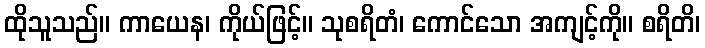
ထိုသူသည်။ ကာယေန၊ ကိုယ်ဖြင့်။ သုစရိတံ၊ ကောင်သော အကျင့်ကို။ စရိတိ၊